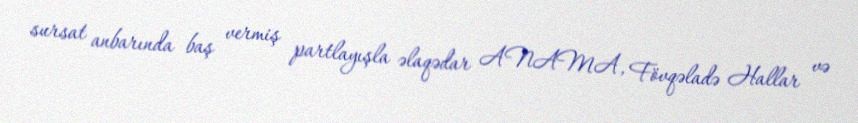
sursat anbarında baş vermiş partlayışla əlaqədar ANAMA, Fövqəladə Hallar və